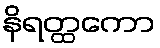
နိရတ္ထကော